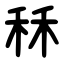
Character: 秝